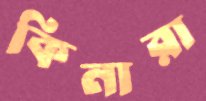
কিনারা